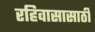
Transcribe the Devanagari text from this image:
रहिवासासाठी